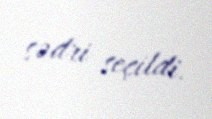
sədri seçildi.